Annual report of the Imperial Bacteriological Laboratory, Muktesar
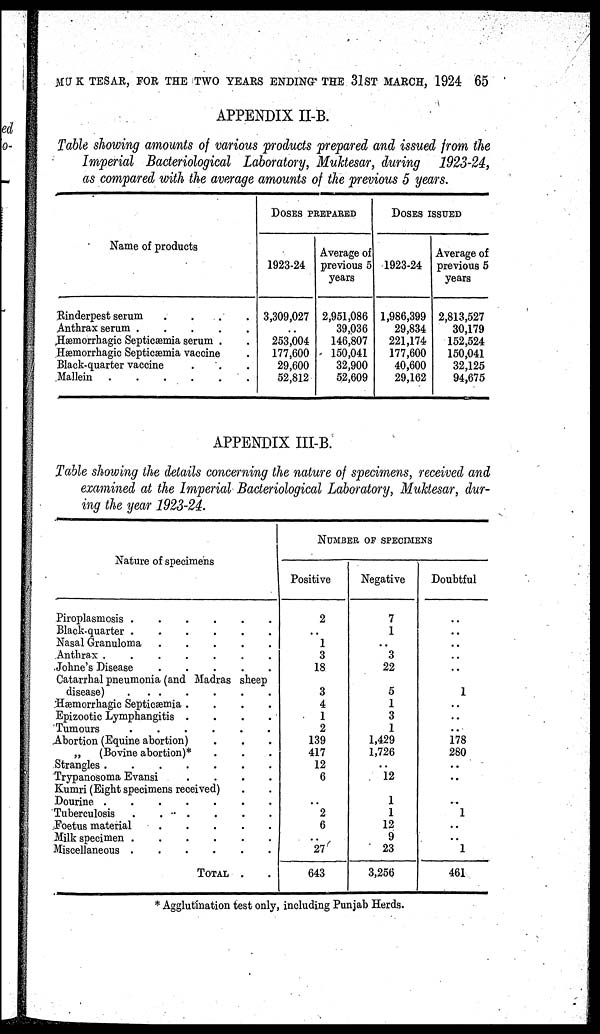
MUKTESAR, FOR THE TWO YEARS ENDING THE 31ST MARCH, 1924 65
APPENDIX II-B.
Table showing amounts of various products prepared and issued from the
Imperial Bacteriological Laboratory, Muktesar, during 1923-24,
as compared with the average amounts of the previous 5 years.
Name of products
Rinderpest serum
Anthrax serum .
.
.
.
.
Hæmorrhagic Septicæmia serum
.
.
.
Hæmorrhagic Septicæmia vaccine
Black-quarter vaccine
Mallein
.
.
.
.
.
.
.
.
.
.
.
DOSES PREPARED
1923-24
3,309,027
..
253,004
177,600
29,600
52,812
Average of
previous 5
years
2,951,086
39,036
146,807
150,041
32,900
52,609
DOSES ISSUED
1923-24
1,986,399
29,834
221,174
177,600
40,600
29,162
Average of
previous 5
years
2,813,527
30,179
152,524
150,041
32,125
94,675
APPENDIX III-B.
Table showing the details concerning the nature of specimens, received and
examined at the Imperial Bacteriological Laboratory, Muktesar, dur-
ing the year 1923-24.
Nature of specimens
Piroplasmosis
Black-quarter
.
.
Nasal Granuloma
Anthrax .
.
Johne's Disease
.
.
.
.
.
.
.
.
.
.
.
.
.
.
.
.
.
.
.
.
.
.
.
.
.
Catarrhal pneumonia (and Madras sheep
disease)
. .
.
Hæmorrhagic Septicæmia .
Epizootic Lymphangitis
Tumours
.
.
.
Abortion (Equine abortion)
„
(Bovine abortion)*
Strangles .
.
.
Trypanosoma Evansi
.
.
.
.
.
.
.
.
.
.
Kumri (Eight specimens received)
Dourine .
Tuberculosis
.
.
Foetus material
Milk specimen
Miscellaneous
.
.
.
.
.
.
.
.
.
.
.
.
.
.
.
.
.
TOTAL
.
.
.
.
.
.
.
.
.
.
.
.
.
.
.
.
.
.
.
.
.
.
.
.
.
.
.
.
.
.
NUMBER OF SPECIMENS
Positive
2
..
1
3
18
3
4
1
2
139
417
12
6
..
2
6
..
27
643
Negative
7
1
..
3
22
5
1
3
1
1,429
1,726
..
12
1
1
12
9
23
3,256
Doubtful
..
..
..
..
..
1
..
..
..
178
280
..
..
..
1
..
..
1
461
* Agglutination test only, including Punjab Herds.